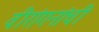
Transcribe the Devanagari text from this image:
वीरांगनांची